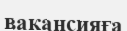
вакансияға